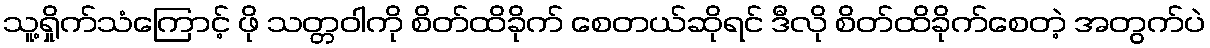
သူ့ရှိုက်သံကြောင့် ဖို သတ္တဝါကို စိတ်ထိခိုက် စေတယ်ဆိုရင် ဒီလို စိတ်ထိခိုက်စေတဲ့ အတွက်ပဲ